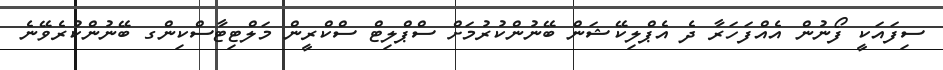
ސިފައަކީ ފޯނުން އެއްފަހަރާ ދެ އެޕްލިކޭޝަން ބޭނުންކުރުމަށް ސްޕްލިޓް ސްކްރީން މަލްޓިޓާސްކިންގ ބޭނުންކުރެވޭނެ